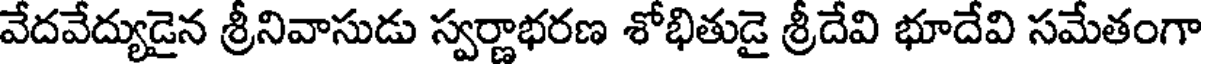
వేదవేద్యుడైన శ్రీనివాసుడు స్వర్ణాభరణ శోభితుడై శ్రీదేవి భూదేవి సమేతంగా